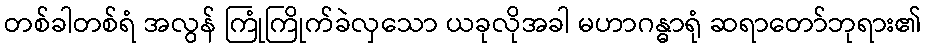
တစ်ခါတစ်ရံ အလွန် ကြုံကြိုက်ခဲလှသော ယခုလိုအခါ မဟာဂန္ဓာရုံ ဆရာတော်ဘုရား၏